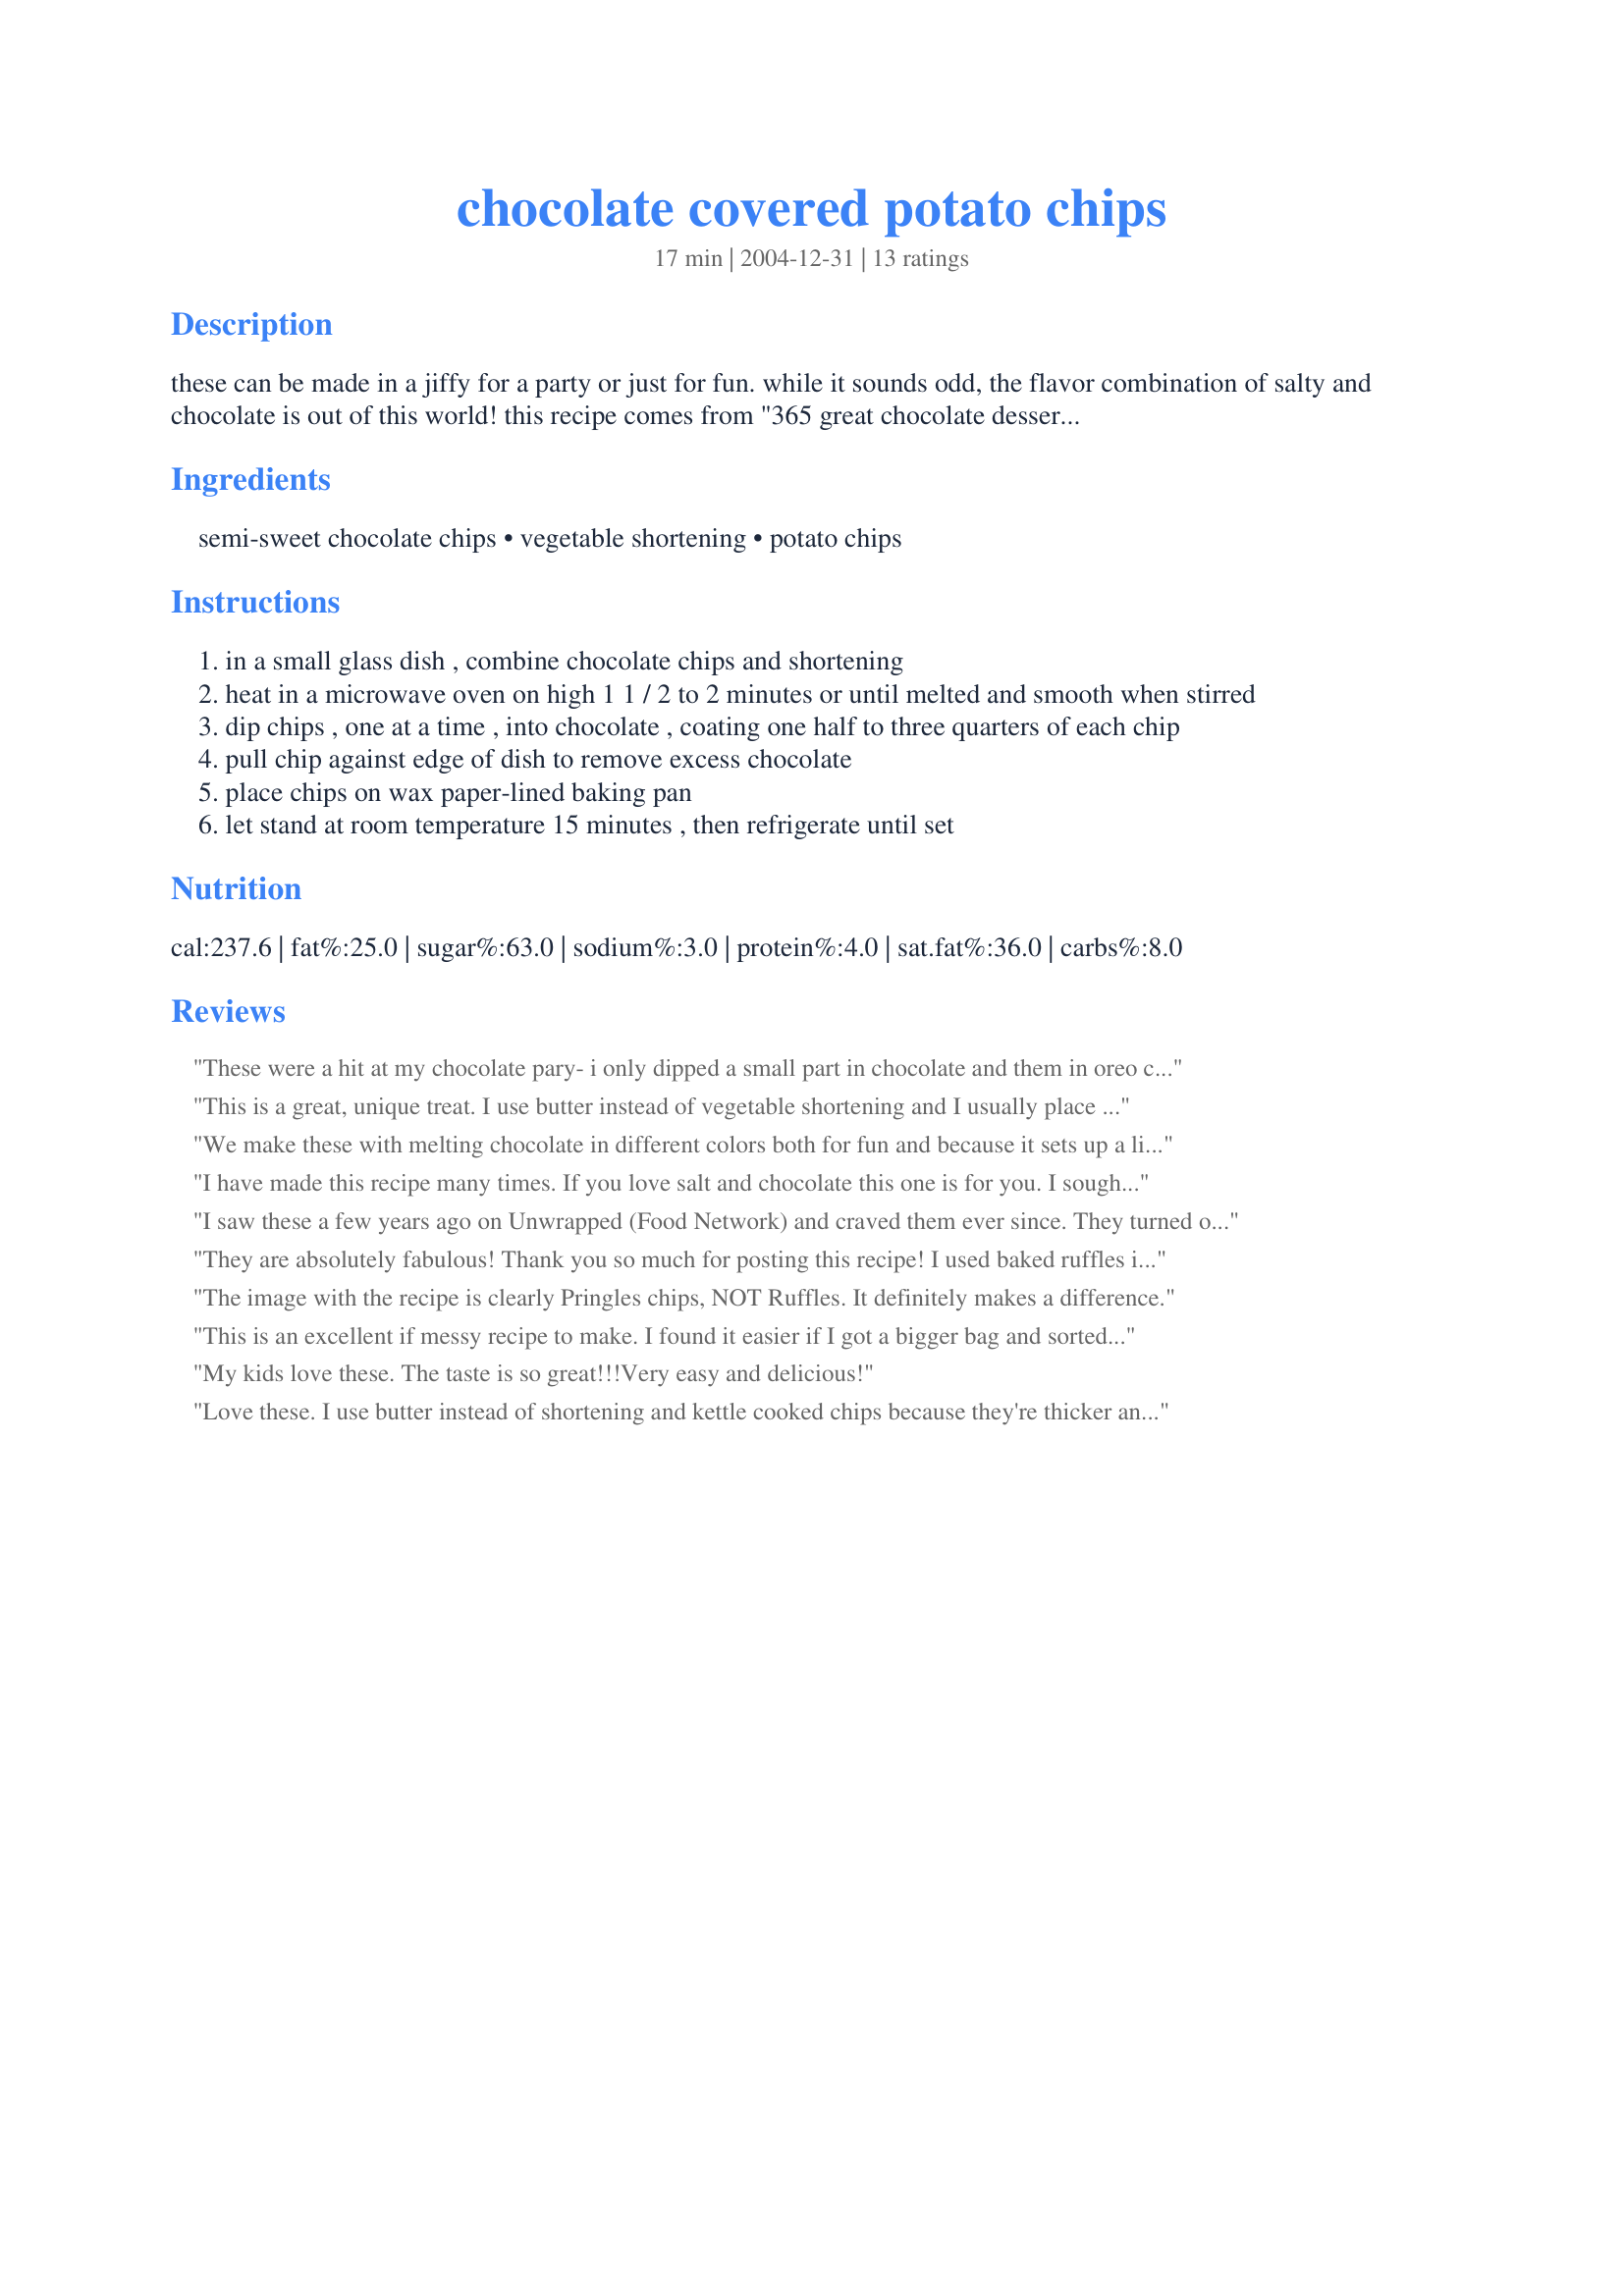
chocolate covered potato chips
Preparation time: 17 minutes

these can be made in a jiffy for a party or just for fun. while it sounds odd, the flavor combination of salty and chocolate is out of this world! this recipe comes from "365 great chocolate desserts" by natalie haughton.

Ingredients:
semi-sweet chocolate chips, vegetable shortening, potato chips

Steps:
in a small glass dish , combine chocolate chips and shortening
heat in a microwave oven on high 1 1 / 2 to 2 minutes or until melted and smooth when stirred
dip chips , one at a time , into chocolate , coating one half to three quarters of each chip
pull chip against edge of dish to remove excess chocolate
place chips on wax paper-lined baking pan
let stand at room temperature 15 minutes , then refrigerate until set

Reviews:
These were a hit at my chocolate pary- i only dipped a small part in chocolate and them in oreo crumbs. They were great!
This is a great, unique treat. I use butter instead of vegetable shortening and I usually place them on parchment paper instead of wax paper, since that is what I have at home most often. You can also add a light dusting of colored sugar when making them for holidays, i.e. red and green for Christmas.
We make these with melting chocolate in different colors both for fun and because it sets up a little better with or without refrigeration. We also squeeze just a little lemon juice over the tops while the chocolate is still wet. It sounds strange but it's a chocolate covered chip...who cares!! We tries to add the lemon juice to the chocolate both before heating and before dipping and it set up too quick both times so it's best added after the fact. Thanks!!
I have made this recipe many times. If you love salt and chocolate this one is for you. I sought it out because my daughter loves these and in the candy store here they are very expensive and I knew there had to be a way to make these. Very simple and easy. They tend to go soggy if stored but ours are not around long enough for that to happen.
I saw these a few years ago on Unwrapped (Food Network) and craved them ever since. They turned out good, I used milk chocolate chips... Very easy recipe.

Thanks!
They are absolutely fabulous! Thank you so much for posting this recipe! I used baked ruffles instead of regular so it's just a tad healthier. Now I know what to give out for christmas presents this year. Thanks so much!
The image with the recipe is clearly Pringles chips, NOT Ruffles. It definitely makes a difference.
This is an excellent if messy recipe to make. I found it easier if I got a bigger bag and sorted the chips somewhat. That way they were easier to grab the ones I wanted to use without making a huge mess from all of the chocolate.
My kids love these. The taste is so great!!!Very easy and delicious!
Love these. I use butter instead of shortening and kettle cooked chips because they're thicker and don't seem to get soggy as quickly. I don't try and dip the entire chip..it's too messy. I hold a chip, dip it and lay it on a cooling rack with foil underneath. When the chocolate on the foil sets up, I use a spatula to scrape the chocolate back into the microwave bowl. To "dress them up", I'll sometimes melt some white chocolate and drizzle it over the to of the chips. Pretty gift presentation !
I used light ruffled chips and had no problem. I froze them first, and dipped them soon as I opened the bag. I also used sugar free chocolate chips. Altogether, this made for a much healthier snack, especially since I have low sugar, and have to watch my sugar consumption. Turned out perfect. Thanks for the recipe. I had this at my sisters over christmas. Hers was bought, but mine were every bit as good.
Very yummy for sure. A bit messy to make, but so good. I guesstamated on the ingredients as I usually do. the first time I don't think I added enough shortening as the chocolate got gloppy. I will make again, but next time try a different chocolate to see how it turns out.
I made this as a midnight snack using classic lays potato chips instead of ruffled and some chocolate that I had on hand. Turned out great. I love the combination of salty and sweet and will be making these again. Thanks!
